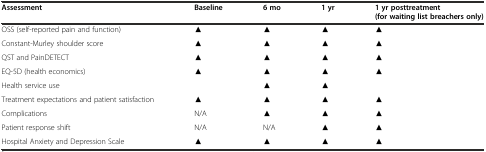
| Assessment | Baseline | 6 mo | 1 yr | 1 yr posttreatment (for waiting list breachers only) |
 | --- | --- | --- | --- | --- |
 | OSS (self-reported pain and function) | ▲ | ▲ | ▲ | ▲ |
 | Constant-Murley shoulder score | ▲ | ▲ | ▲ | ▲ |
 | QST and PainDETECT | ▲ | ▲ | ▲ | ▲ |
 | EQ-5D (health economics) | ▲ | ▲ | ▲ | ▲ |
 | Health service use |  | ▲ | ▲ |  |
 | Treatment expectations and patient satisfaction | ▲ | ▲ | ▲ | ▲ |
 | Complications | N/A | ▲ | ▲ | ▲ |
 | Patient response shift | N/A | N/A | ▲ | ▲ |
 | Hospital Anxiety and Depression Scale | ▲ | ▲ | ▲ | ▲ |